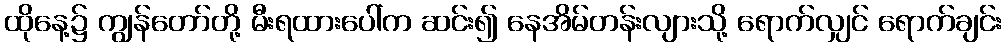
ထိုနေ့၌ ကျွန်တော်တို့ မီးရထားပေါ်က ဆင်း၍ နေအိမ်တန်းလျားသို့ ရောက်လျှင် ရောက်ချင်း